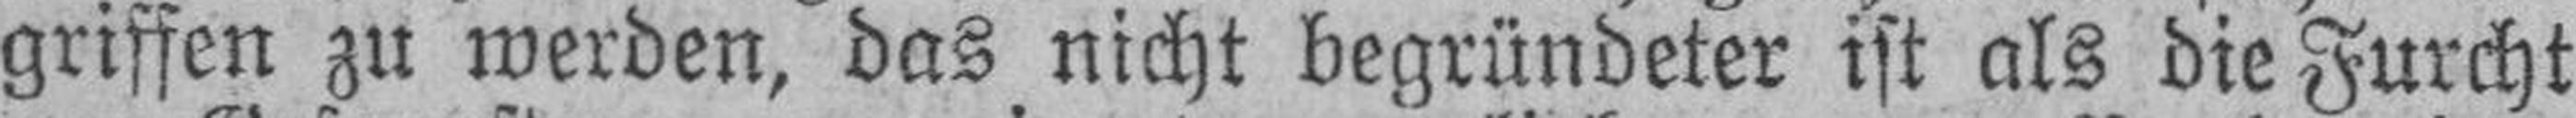
griffen zu werden, das nicht begründeter ist als die Furcht